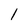
Character: l